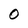
Character: 0